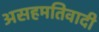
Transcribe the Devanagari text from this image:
असहमतिवादी